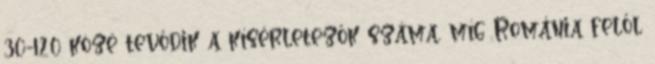
30-120 közé tevődik a kísérletezők száma, míg Románia felől